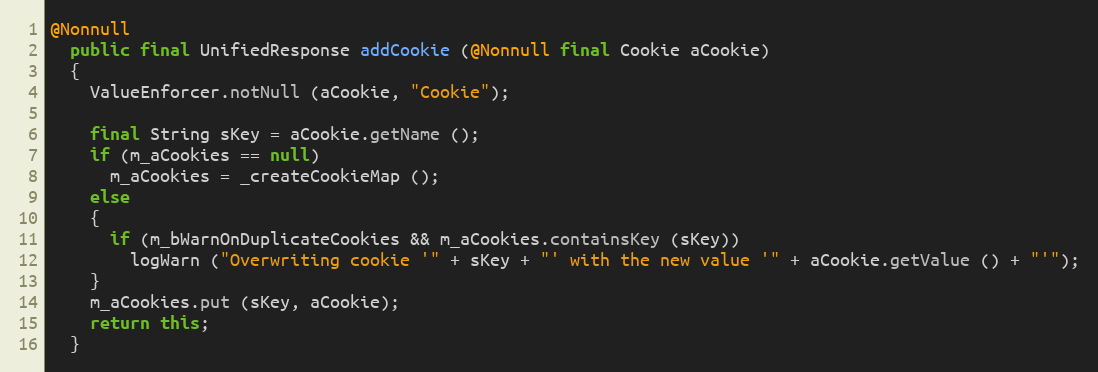
Language: Java
@Nonnull
  public final UnifiedResponse addCookie (@Nonnull final Cookie aCookie)
  {
    ValueEnforcer.notNull (aCookie, "Cookie");

    final String sKey = aCookie.getName ();
    if (m_aCookies == null)
      m_aCookies = _createCookieMap ();
    else
    {
      if (m_bWarnOnDuplicateCookies && m_aCookies.containsKey (sKey))
        logWarn ("Overwriting cookie '" + sKey + "' with the new value '" + aCookie.getValue () + "'");
    }
    m_aCookies.put (sKey, aCookie);
    return this;
  }